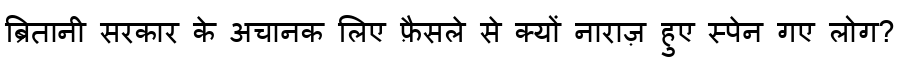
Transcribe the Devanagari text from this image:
ब्रितानी सरकार के अचानक लिए फ़ैसले से क्यों नाराज़ हुए स्पेन गए लोग?